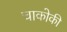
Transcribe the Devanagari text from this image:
चाकोकी